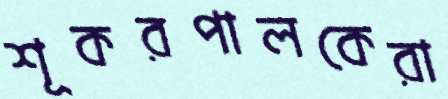
শূকরপালকেরা